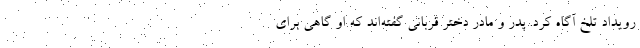
رویداد تلخ آگاه کرد. پدر و مادر دختر قربانی گفته‌اند که او گاهی برای